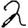
Digit: 2